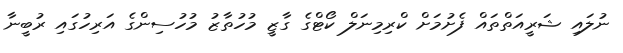
ނުލައި ޝަރީއަތްތައް ފެށުމަށް ކްރިމިނަލް ކޯޓްގެ ގާޒީ މުހުތާޒު މުހުސިންގެ އަރިހުގައި ރުބީނާ